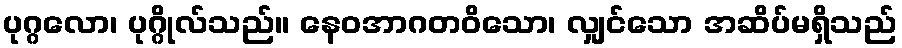
ပုဂ္ဂလော၊ ပုဂ္ဂိုလ်သည်။ နေဝအာဂတဝိသော၊ လျှင်သော အဆိပ်မရှိသည်